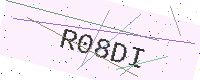
Text: R08DI